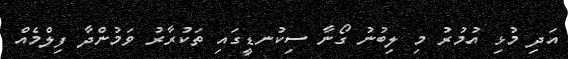
އަދި މުޅި އުމުރު މި ލިބުނު ގޯނާ ސިކުނޑީގައި ތަކުރާރު ވަމުންދާ ފިލްމެއް